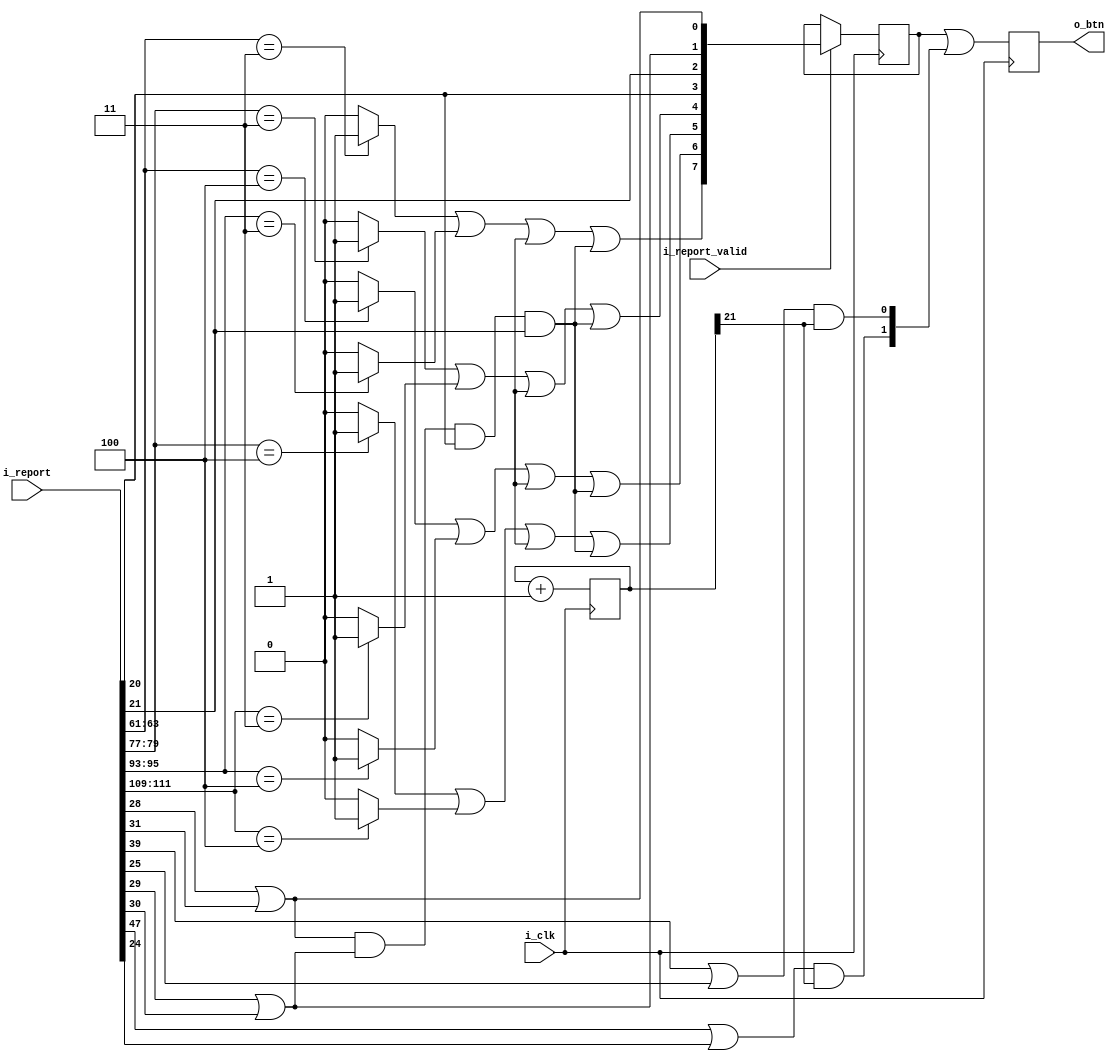
module usbh_report_decoder
#(
  parameter c_clk_hz=48000000,
  parameter c_autofire_hz=10
)
(
  input  wire         i_clk, // same as USB core clock domain
  input  wire [159:0] i_report,
  input  wire         i_report_valid,
  output reg    [7:0] o_btn
);

  localparam c_autofire_bits = $clog2(c_clk_hz/c_autofire_hz)-1;
  reg [c_autofire_bits-1:0] R_autofire;
  always @(posedge i_clk)
    R_autofire <= R_autofire + 1;

  // xbox360 joystick report decoder
  wire hat_l         =   i_report[18];
  wire hat_r         =   i_report[19];
  wire hat_u         =   i_report[16];
  wire hat_d         =   i_report[17];
  wire usbjoyl_l     =   i_report[63:61]   == 3'b100 ? 1'b1 : 1'b0;
  wire usbjoyl_r     =   i_report[63:61]   == 3'b011 ? 1'b1 : 1'b0;
  wire usbjoyl_u     =   i_report[79:77]   == 3'b011 ? 1'b1 : 1'b0;
  wire usbjoyl_d     =   i_report[79:77]   == 3'b100 ? 1'b1 : 1'b0;
  wire usbjoyl_btn   =   i_report[22];
  wire usbjoyr_l     =   i_report[95:93]   == 3'b100 ? 1'b1 : 1'b0;
  wire usbjoyr_r     =   i_report[95:93]   == 3'b011 ? 1'b1 : 1'b0;
  wire usbjoyr_u     =   i_report[111:109] == 3'b011 ? 1'b1 : 1'b0;
  wire usbjoyr_d     =   i_report[111:109] == 3'b100 ? 1'b1 : 1'b0;
  wire usbjoyr_btn   =   i_report[23];
  wire usbjoy_a      =   i_report[28] | i_report[31]; // A or Y
  wire autofire_a    = ((i_report[39] | i_report[25]) & R_autofire[c_autofire_bits-1]); // A : ltrigger | rbumper
  wire usbjoy_b      =   i_report[29] | i_report[30]; // B or X
  wire autofire_b    = ((i_report[47] | i_report[24]) & R_autofire[c_autofire_bits-1]); // B : rtrigger | lbumper
  wire usbjoy_start  =   i_report[20];
  wire usbjoy_select =   i_report[21]; // button labelled "BACK"

  reg [7:0] R_btn;
  wire ab_start_select = usbjoy_a & usbjoy_b & usbjoy_start & usbjoy_select;
  always @(posedge i_clk)
  begin
    o_btn <= R_btn | {6'b000000, autofire_b, autofire_a};
    if(i_report_valid)
      R_btn <=
      {
        usbjoyl_r|usbjoyr_r|R_hat_udlr[0]|ab_start_select,
        usbjoyl_l|usbjoyr_l|R_hat_udlr[1]|ab_start_select,
        usbjoyl_d|usbjoyr_d|R_hat_udlr[2]|ab_start_select,
        usbjoyl_u|usbjoyr_u|R_hat_udlr[3]|ab_start_select,
        usbjoy_start,
        usbjoy_select,
        usbjoy_b,
        usbjoy_a
      };
  end
  
endmodule